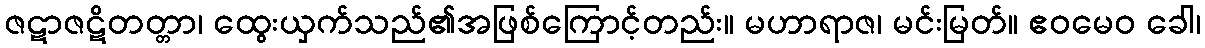
ဇဋာဇဋိတတ္တာ၊ ထွေးယှက်သည်၏အဖြစ်ကြောင့်တည်း။ မဟာရာဇ၊ မင်းမြတ်။ ဧဝမေဝ ခေါ၊